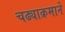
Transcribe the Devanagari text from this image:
चढ्याक्रमाने